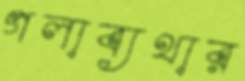
গলাব্যথার